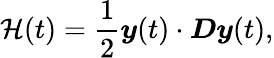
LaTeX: \mathcal{H}(t)=\frac{1}{2}\boldsymbol{y}(t)\cdot\boldsymbol{D}\boldsymbol{y}(t),